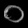
Digit: ၀